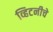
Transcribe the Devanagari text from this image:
व्हिटनीचे